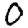
Digit: 0